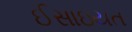
ઈસાઇયત